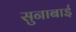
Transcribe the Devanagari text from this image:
सुनाबाई